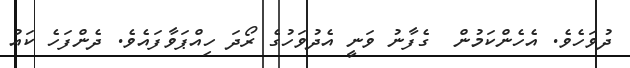
ދުވަހެވެ. އެހެންކަމުން  ގެފާނު ވަނީ އެދުވަހުގެ ރޯދަ ހިއްޕަވާފައެވެ. ދެންފަހެ ކައު